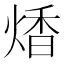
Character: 𤋭